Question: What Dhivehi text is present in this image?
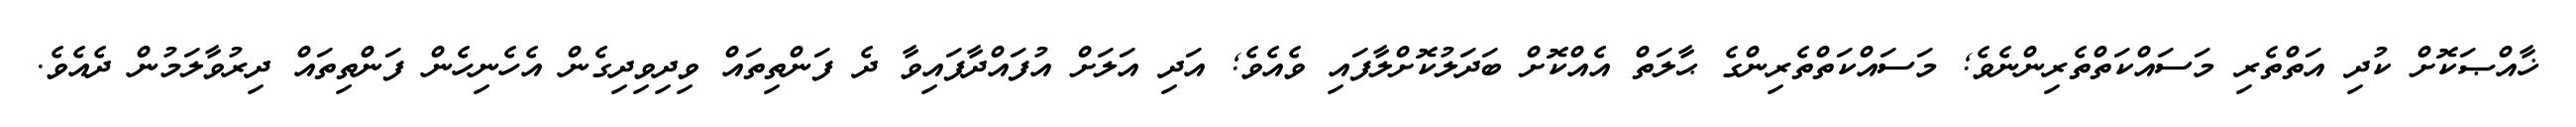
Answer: ޚާއްޞަކޮށް ކުދި އަތްތެރި މަސައްކަތްތެރިންނެވެ; މަސައްކަތްތެރިންގެ ޙާލަތް އެއްކޮށް ބަދަލުކޮށްލާފައި ވެއެވެ; އަދި އަލަށް އުފައްދާފައިވާ ދެ ފަންތިތައް ވިދިވިދިގެން އެހެނިހެން ފަންތިތައް ދިރުވާލަމުން ދެއެވެ.